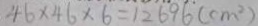
4 6 \times 4 6 \times 6 = 1 2 6 9 6 ( c m ^ { 2 } )